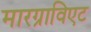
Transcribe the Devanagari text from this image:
मारग्राविएट